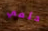
حلمي